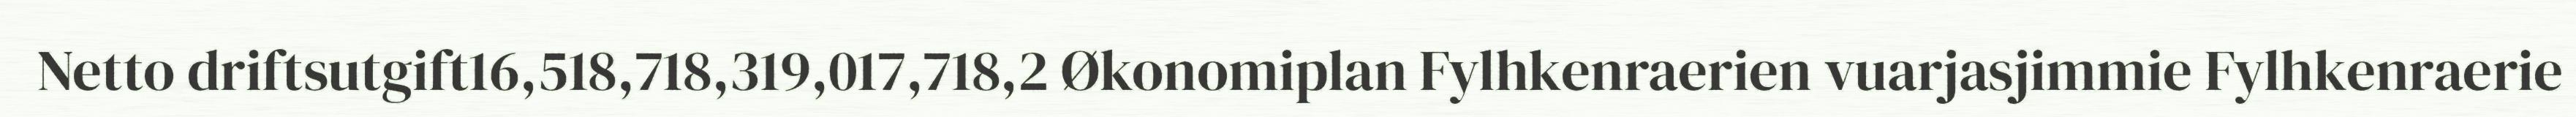
Netto driftsutgift16,518,718,319,017,718,2 Økonomiplan Fylhkenraerien vuarjasjimmie Fylhkenraerie